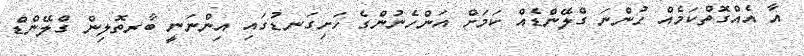
އާ އެއްގޮތްކަމެއް ހުންނަ ގްލޭންޑެއް ކަމަށް އަންހެނުންގެ ހަށިގަނޑުގައި އިންނަނީ ބާރތޮލިން ގްލޭންޑް